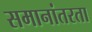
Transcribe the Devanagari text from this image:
समानांतरता